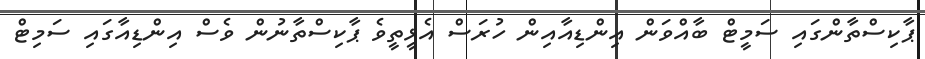
ޕާކިސްތާންގައި ސަމީޓް ބާއްވަން އިންޑިއާއިން ހުރަސް އެޅީތީވެ ޕާކިސްތާނުން ވެސް އިންޑިއާގައި ސަމިޓް